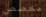
مخصص